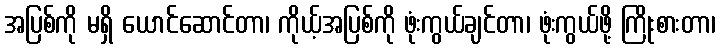
အပြစ်ကို မရှိ ယောင်ဆောင်တာ၊ ကိုယ့်အပြစ်ကို ဖုံးကွယ်ချင်တာ၊ ဖုံးကွယ်ဖို့ ကြိုးစားတာ၊